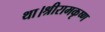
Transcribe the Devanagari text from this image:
था।श्रीरामकृष्ण